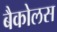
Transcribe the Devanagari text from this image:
बैकोलस